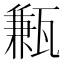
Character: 甉